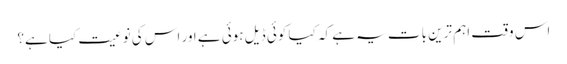
اس وقت اہم ترین بات یہ ہے کہ کیا کوئی ڈیل ہوئی ہے اور اس کی نوعیت کیا ہے؟